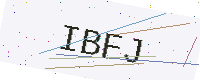
Text: IBFJ